Punjab Mental Hospital Lahore 1932-46 - 1932-1946
Year: 1932
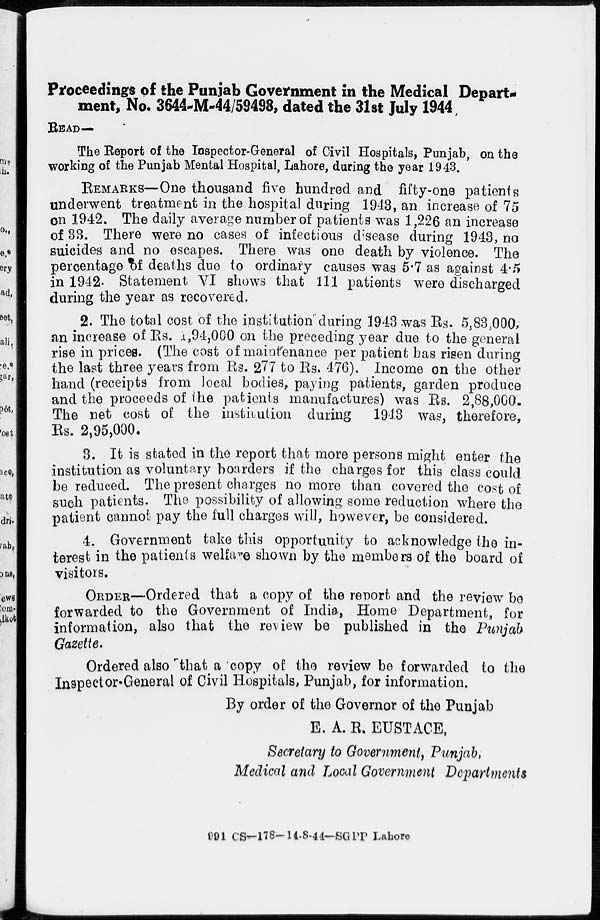
Proceedings of the Punjab Government in the Medical Depart-
ment, No. 3644-M-44/59498, dated the 31st July 1944
READ—
The Report of the Inspector-General of Civil Hospitals, Punjab, on the
working of the Punjab Mental Hospital, Lahore, during the year 1943.
REMARKS—One thousand five hundred and fifty-one patients
underwent treatment in the hospital during 1943, an increase of 75
on 1942. The daily average number of patients was 1,226 an increase
of 33. There were no cases of infectious disease during 1943, no
suicides and no escapes. There was one death by violence. The
percentage of deaths due to ordinary causes was 5.7 as against 4.5
in 1942. Statement VI shows that 111 patients were discharged
during the year as recovered.
2. The total cost of the institution during 1943 was Rs. 5,83,000,
an increase of Rs. 1,94,000 on the preceding year due to the general
rise in prices. (The cost of maintenance per patient has risen during
the last three years from Rs. 277 to Rs. 476). Income on the other
hand (receipts from local bodies, paying patients, garden produce
and the proceeds of the patients manufactures) was Rs. 2,88,000.
The net cost of the institution during
1913 was, therefore,
Rs. 2,95,000.
3. It is stated in the report that more persons might enter the
institution as voluntary boarders if the charges for this class could
be reduced. The present charges no more than covered the cost of
such patients. The possibility of allowing some reduction where the
patient cannot pay the full charges will, however, be considered.
4. Government take this opportunity to acknowledge the in-
terest in the patients welfare shown by the members of the board of
visitors.
ORDER—Ordered that a copy of the report and the review be
forwarded to the Government of India, Home Department, for
information, also that the review be published in the Punjab
Gazette.
Ordered also that a copy of the review be forwarded to the
Inspector-General of Civil Hospitals, Punjab, for information.
By order of the Governor of the Punjab
E. A. R. EUSTACE,
Secretary to Government, Punjab,
Medical and Local Government Departments
991 CS-178-14-8-44— SGPP Lahore